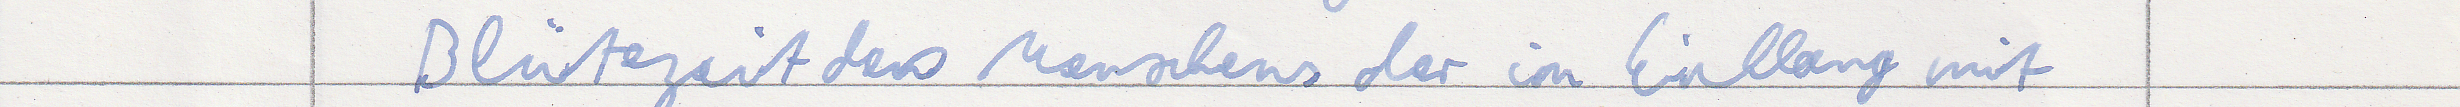
Blütezeit des Menschens der im Einklang mit